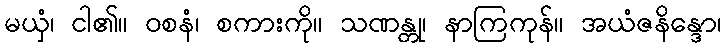
မယှံ၊ ငါ၏။ ဝစနံ၊ စကားကို။ သဏန္တု၊ နာကြကုန်။ အယံဇနိန္ဒော၊